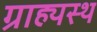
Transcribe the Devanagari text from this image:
ग्राह्यस्थ